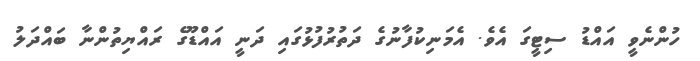
ހުންނެވީ އައްޑު ސިޓީގަ އެވެ. އެމަނިކުފާނުގެ ދަތުރުފުޅުގައި ދަނީ އައްޑޫގެ ރައްޔިތުންނާ ބައްދަލު